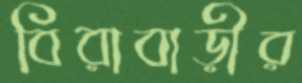
বিরাবাড়ীর